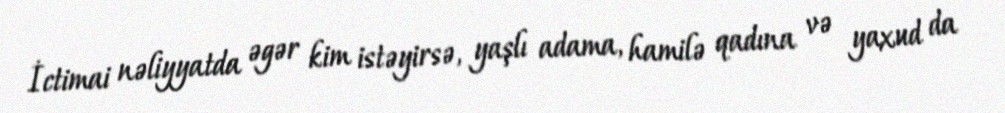
İctimai nəliyyatda əgər kim istəyirsə, yaşlı adama, hamilə qadına və yaxud da